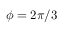
\phi = 2 \pi / 3